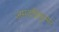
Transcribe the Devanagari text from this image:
जमदग्निकुमार